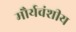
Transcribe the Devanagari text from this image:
मौर्यवंशीय